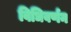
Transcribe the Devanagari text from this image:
विधिवर्णन